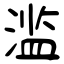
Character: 滥